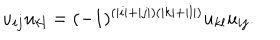
u _ { i j } u _ { k l } = ( - 1 ) ^ { ( | i | + | j | ) ( | k | + | l | ) } u _ { k l } u _ { i j } .